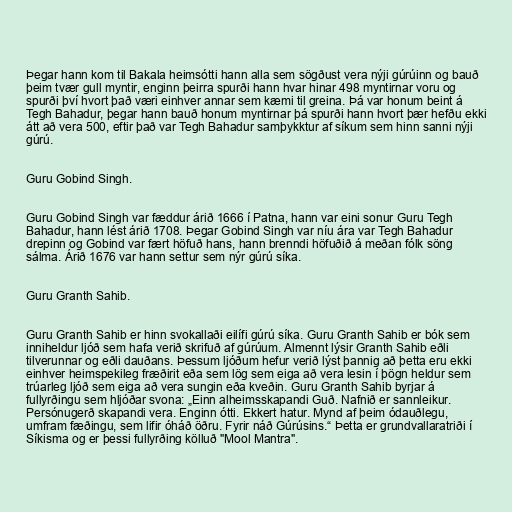
Þegar hann kom til Bakala heimsótti hann alla sem sögðust vera nýji gúrúinn og bauð
þeim tvær gull myntir, enginn þeirra spurði hann hvar hinar 498 myntirnar voru og
spurði því hvort það væri einhver annar sem kæmi til greina. Þá var honum beint á
Tegh Bahadur, þegar hann bauð honum myntirnar þá spurði hann hvort þær hefðu ekki
átt að vera 500, eftir það var Tegh Bahadur samþykktur af síkum sem hinn sanni nýji
gúrú.

Guru Gobind Singh.

Guru Gobind Singh var fæddur árið 1666 í Patna, hann var eini sonur Guru Tegh
Bahadur, hann lést árið 1708. Þegar Gobind Singh var níu ára var Tegh Bahadur
drepinn og Gobind var fært höfuð hans, hann brenndi höfuðið á meðan fólk söng
sálma. Árið 1676 var hann settur sem nýr gúrú síka.

Guru Granth Sahib.

Guru Granth Sahib er hinn svokallaði eilífi gúrú síka. Guru Granth Sahib er bók sem
inniheldur ljóð sem hafa verið skrifuð af gúrúum. Almennt lýsir Granth Sahib eðli
tilverunnar og eðli dauðans. Þessum ljóðum hefur verið lýst þannig að þetta eru ekki
einhver heimspekileg fræðirit eða sem lög sem eiga að vera lesin í þögn heldur sem
trúarleg ljóð sem eiga að vera sungin eða kveðin. Guru Granth Sahib byrjar á
fullyrðingu sem hljóðar svona: „Einn alheimsskapandi Guð. Nafnið er sannleikur.
Persónugerð skapandi vera. Enginn ótti. Ekkert hatur. Mynd af þeim ódauðlegu,
umfram fæðingu, sem lifir óháð öðru. Fyrir náð Gúrúsins.“ Þetta er grundvallaratriði í
Síkisma og er þessi fullyrðing kölluð "Mool Mantra".